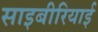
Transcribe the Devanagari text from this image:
साइबीरियाई